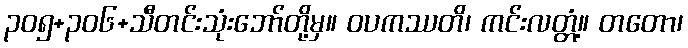
၃၀၅+၃၀၆+သီတင်းသုံးဘော်တို့မှ။ ဝပကဿတိ၊ ကင်းလတ္တံ့။ တတော၊